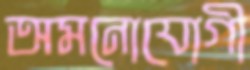
অমনোযোগী